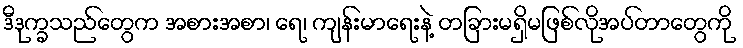
ဒီဒုက္ခသည်တွေက အစားအစာ၊ ရေ၊ ကျန်းမာရေးနဲ့ တခြားမရှိမဖြစ်လိုအပ်တာတွေကို